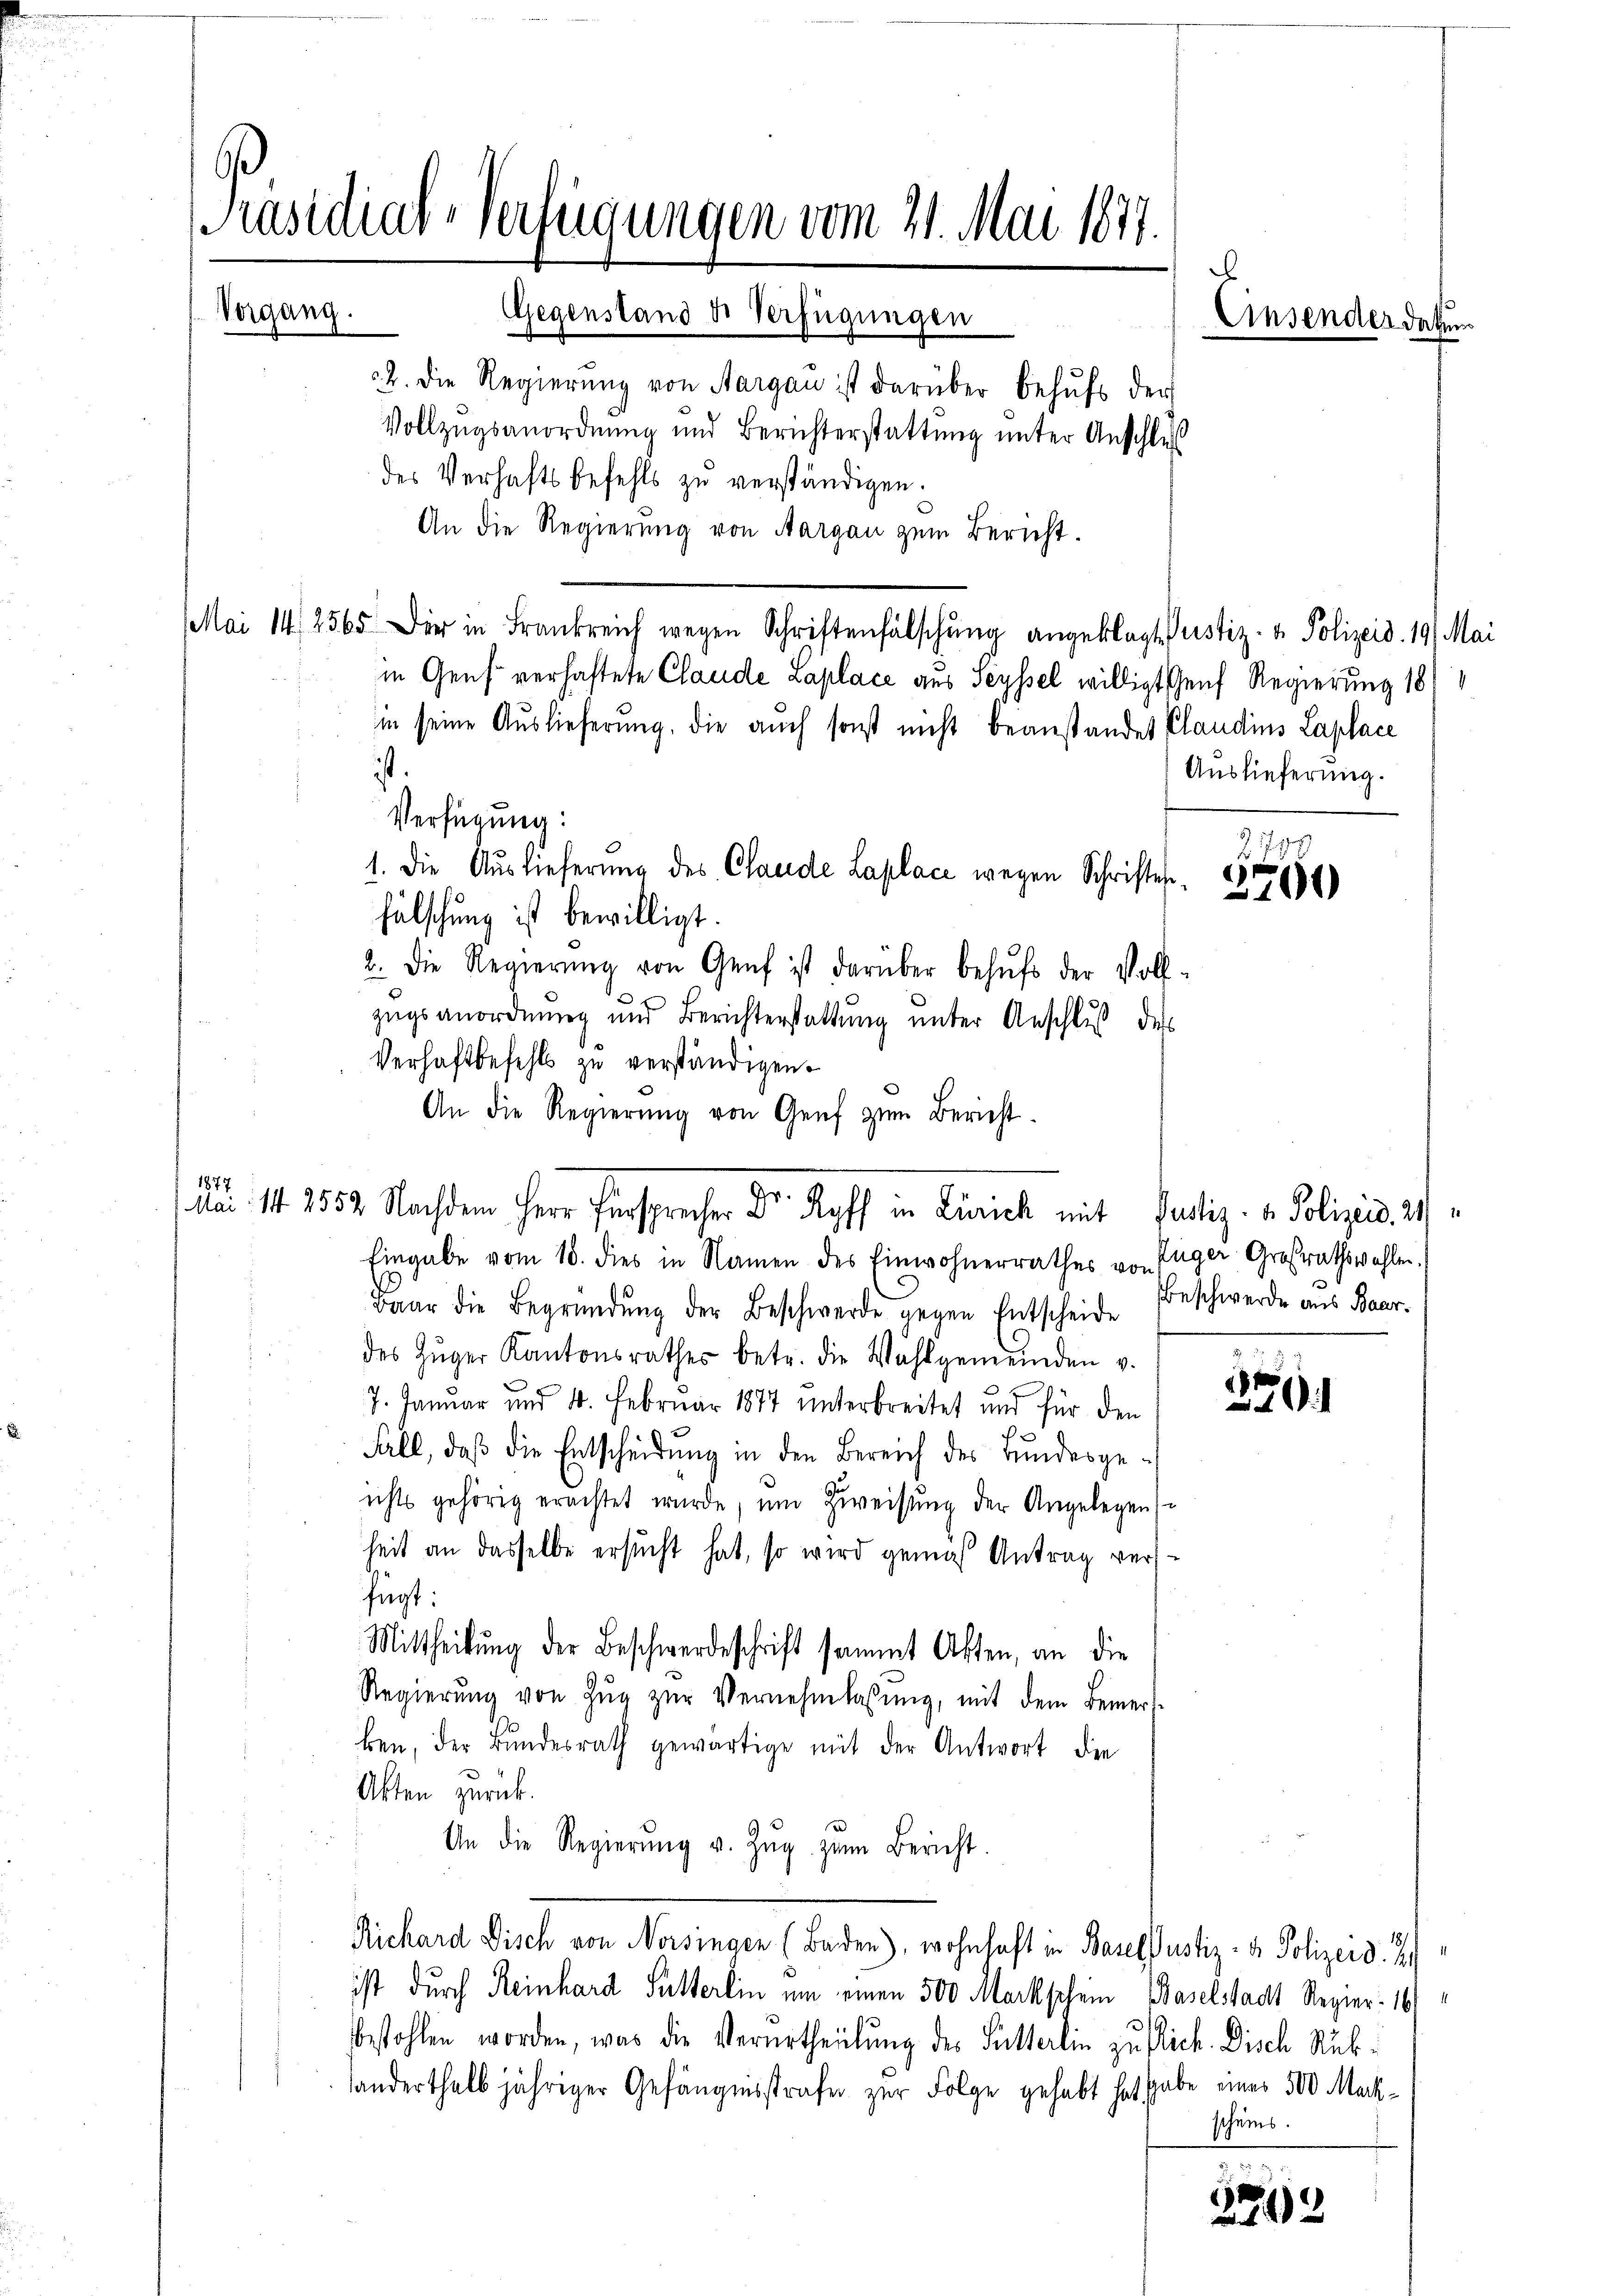
e
Präsidial-Verfügungen vom 21. Mai 1877.
Vorgang.
Gegenstand de Verfügungen
Ainsender darun
2. die Regierung von Aargau ist darüber behufs der
Vollzugsanordnung und Berichterstattung unter Anschluß
des Verhaftsbefehls zu verständigen.

1877

An die Regierung von Aargau zum Bericht.
Mai 14. 256 der in Frankreich wegen Schriftenfälschŭng angeklagte Justiz- & Polizeid. 19. Mai
in Genf verhaftete Claude Laplace aus Seyssel willigt Genf Regierung 181
in seine Auslieferung, die auch sonst nicht beanstandet Claudins Laplace
ist.
Verfügung:
fälschung ist bewilligt.
2. Die Regierŭng von Genf ist darüber behŭfs der Vollzŭgsanordnŭng und Berichterstattŭng ŭnter Anschluß des
Verhaftbefehls zu verständigen.
An die Regierŭng von Genf zŭm Bericht.
Eingabe vom 18. dies in Namen des Einwohnerrathes von Enger Großrathswahlen.
Baar die Begründŭng der Beschwerde gegen Entscheide Beschwerde aus Baar-
des Zŭger Kantonsrathes betr. die Wahlgemeinden v.
7. Januar und 4. Februar 1877 unterbreitet und für den
Fall, daß die Entscheidung in den Bereich des Bundesge-
ichts gehörig erachtet wurde, um Zweisung der Angelegensheit an dasselbe ersucht hat, so wird gemäß Antrag versder
fügt:
Mittheilŭng der Beschwerdeschrift sammt Akten, an die
Regierŭng von Zŭg zŭr Vernehmlassŭng, mit dem Bemerk-
ken, der Bundesrath gewärtige mit der Antwort die
Akten zurück.
n
An die Regierŭng v. Zŭg zŭm Bericht.
Richard Fisch von Norsingen (Baden), wohnhaft in Basel Justiz- & Polizeid. 2
ist durch Reinhard Sutterlin um einen 500 Markschein Baselstadt Regier. 16
bestohlen worden, was die Verurtheilung des Futterlin zu Dich. Disch Rubhanderthalbjähriger Gefängensstrafe zur Folge gehabt hat habe einer 500 Mach¬

1. Die Auslieferung des Claude Laplace wegen Schriftest,

Mai. 11. 2552. Nachdem Herr Fürsprecher Dr. Koff in Zürich mit Partiz- u. Polizis. 21

Auslieferung.

dif. 179
2700

2

scheins.

358